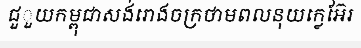
ជួួយកម្ពុជាសង់រោងចក្រថាមពលនុយក្លេអ៊ែរ